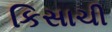
કિસાચી